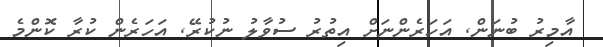
އާމިރު ބުނަން